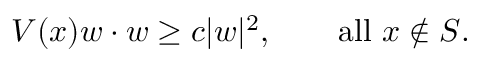
V ( x ) w \cdot w \geq c | w | ^ { 2 } , \qquad \mathrm { a l l } \ x \not \in S .